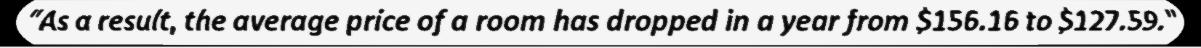
"As a result, the average price of a room has dropped in a year from $156.16 to $127.59."